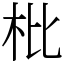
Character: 枇